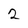
Character: 2